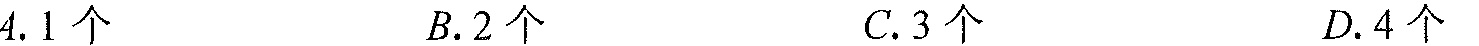
4. 1个  $B.2个$  $C.3个$  $D.4个$